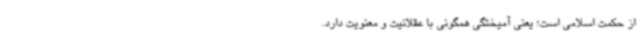
از حکمت اسلامی است؛ یعنی آمیختگی همگونی با عقلانیت و معنویت دارد.